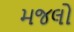
મજલો